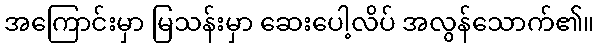
အကြောင်းမှာ မြသန်းမှာ ဆေးပေါ့လိပ် အလွန်သောက်၏။